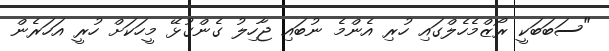
"ސަބަބަކީ ރޯޒްމެހެލްގައި ހުރި އެންމެ ނުބައި ޖާހިލު ގެންގުޅޭ މީހަކަށް ހުރީ އަހަރެން